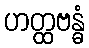
ဟတ္ထဗန္ဓံ